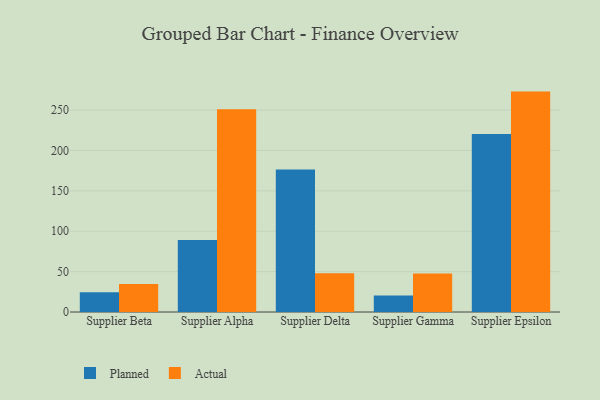
{"axis": {"x": "Supplier", "y": "Conversion Rate (%)"}, "legend": ["Actual", "Planned"], "data": [{"x": "Supplier Beta", "y": 24.6, "type": "Planned"}, {"x": "Supplier Beta", "y": 34.8, "type": "Actual"}, {"x": "Supplier Alpha", "y": 89.3, "type": "Planned"}, {"x": "Supplier Alpha", "y": 251.0, "type": "Actual"}, {"x": "Supplier Delta", "y": 176.5, "type": "Planned"}, {"x": "Supplier Delta", "y": 47.9, "type": "Actual"}, {"x": "Supplier Gamma", "y": 20.4, "type": "Planned"}, {"x": "Supplier Gamma", "y": 47.7, "type": "Actual"}, {"x": "Supplier Epsilon", "y": 220.3, "type": "Planned"}, {"x": "Supplier Epsilon", "y": 272.9, "type": "Actual"}]}